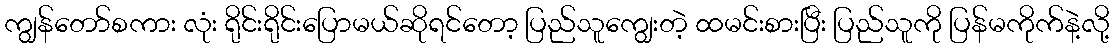
ကျွန်တော်စကား လုံး ရိုင်းရိုင်းပြောမယ်ဆိုရင်တော့ ပြည်သူကျွေးတဲ့ ထမင်းစားပြီး ပြည်သူကို ပြန်မကိုက်နဲ့လို့